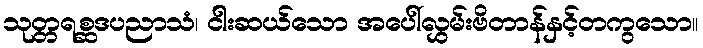
သုတ္တရစ္ဆဒပညာသံ၊ ငါးဆယ်သော အပေါ်လွှမ်းဗိတာန်နှင့်တကွသော။